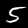
Digit: 5